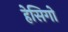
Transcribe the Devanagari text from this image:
हेसिगो